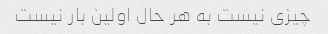
چیزی نیست به هر حال اولین بار نیست